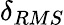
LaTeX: \delta_{RMS}